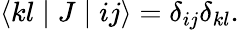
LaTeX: \langle kl\mid J\mid ij\rangle=\delta_{ij}\delta_{kl}.